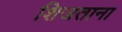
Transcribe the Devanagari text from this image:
शिजताना